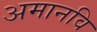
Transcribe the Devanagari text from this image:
अमानवि